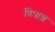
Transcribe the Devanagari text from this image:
विपाश